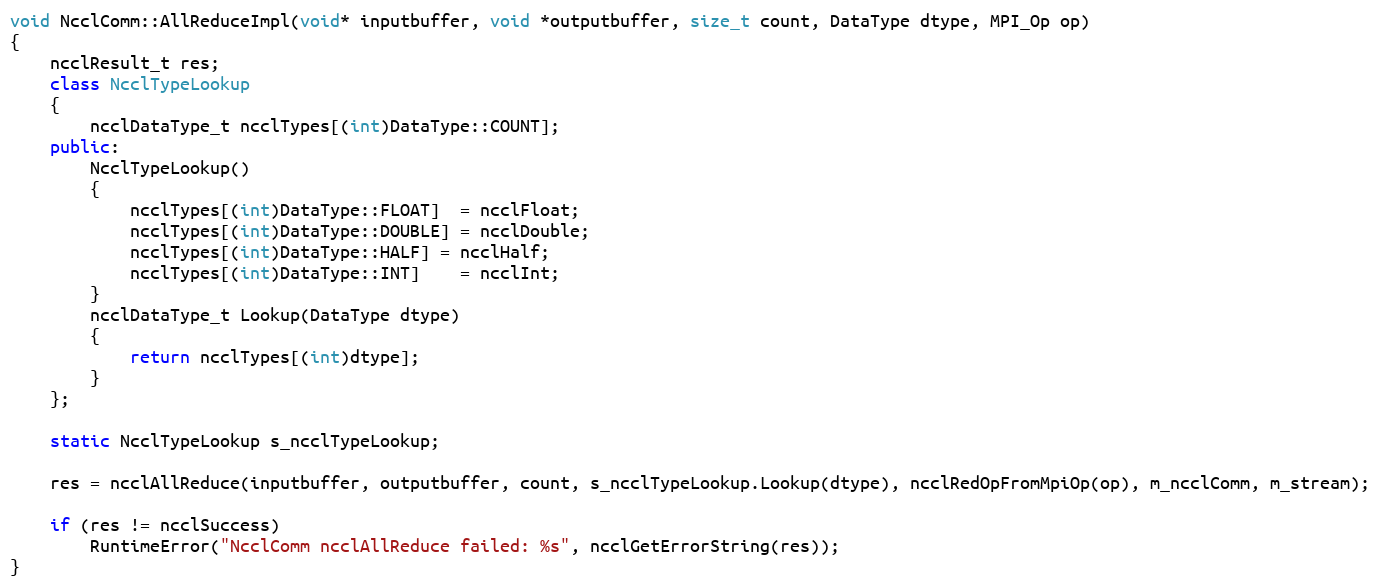
Language: C++
void NcclComm::AllReduceImpl(void* inputbuffer, void *outputbuffer, size_t count, DataType dtype, MPI_Op op)
{
    ncclResult_t res;
    class NcclTypeLookup
    {
        ncclDataType_t ncclTypes[(int)DataType::COUNT];
    public:
        NcclTypeLookup()
        {
            ncclTypes[(int)DataType::FLOAT]  = ncclFloat;
            ncclTypes[(int)DataType::DOUBLE] = ncclDouble;
            ncclTypes[(int)DataType::HALF] = ncclHalf;
            ncclTypes[(int)DataType::INT]    = ncclInt;
        }
        ncclDataType_t Lookup(DataType dtype)
        {
            return ncclTypes[(int)dtype];
        }
    };

    static NcclTypeLookup s_ncclTypeLookup;

    res = ncclAllReduce(inputbuffer, outputbuffer, count, s_ncclTypeLookup.Lookup(dtype), ncclRedOpFromMpiOp(op), m_ncclComm, m_stream);

    if (res != ncclSuccess)
        RuntimeError("NcclComm ncclAllReduce failed: %s", ncclGetErrorString(res));
}